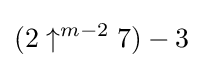
(2\uparrow ^{m-2}7)-3